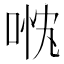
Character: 𱓓